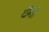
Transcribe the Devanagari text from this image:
दीनों।